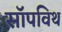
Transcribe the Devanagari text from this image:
सॉपविथ